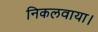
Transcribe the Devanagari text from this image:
निकलवाया।